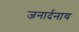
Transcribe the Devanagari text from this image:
जनार्दनाय